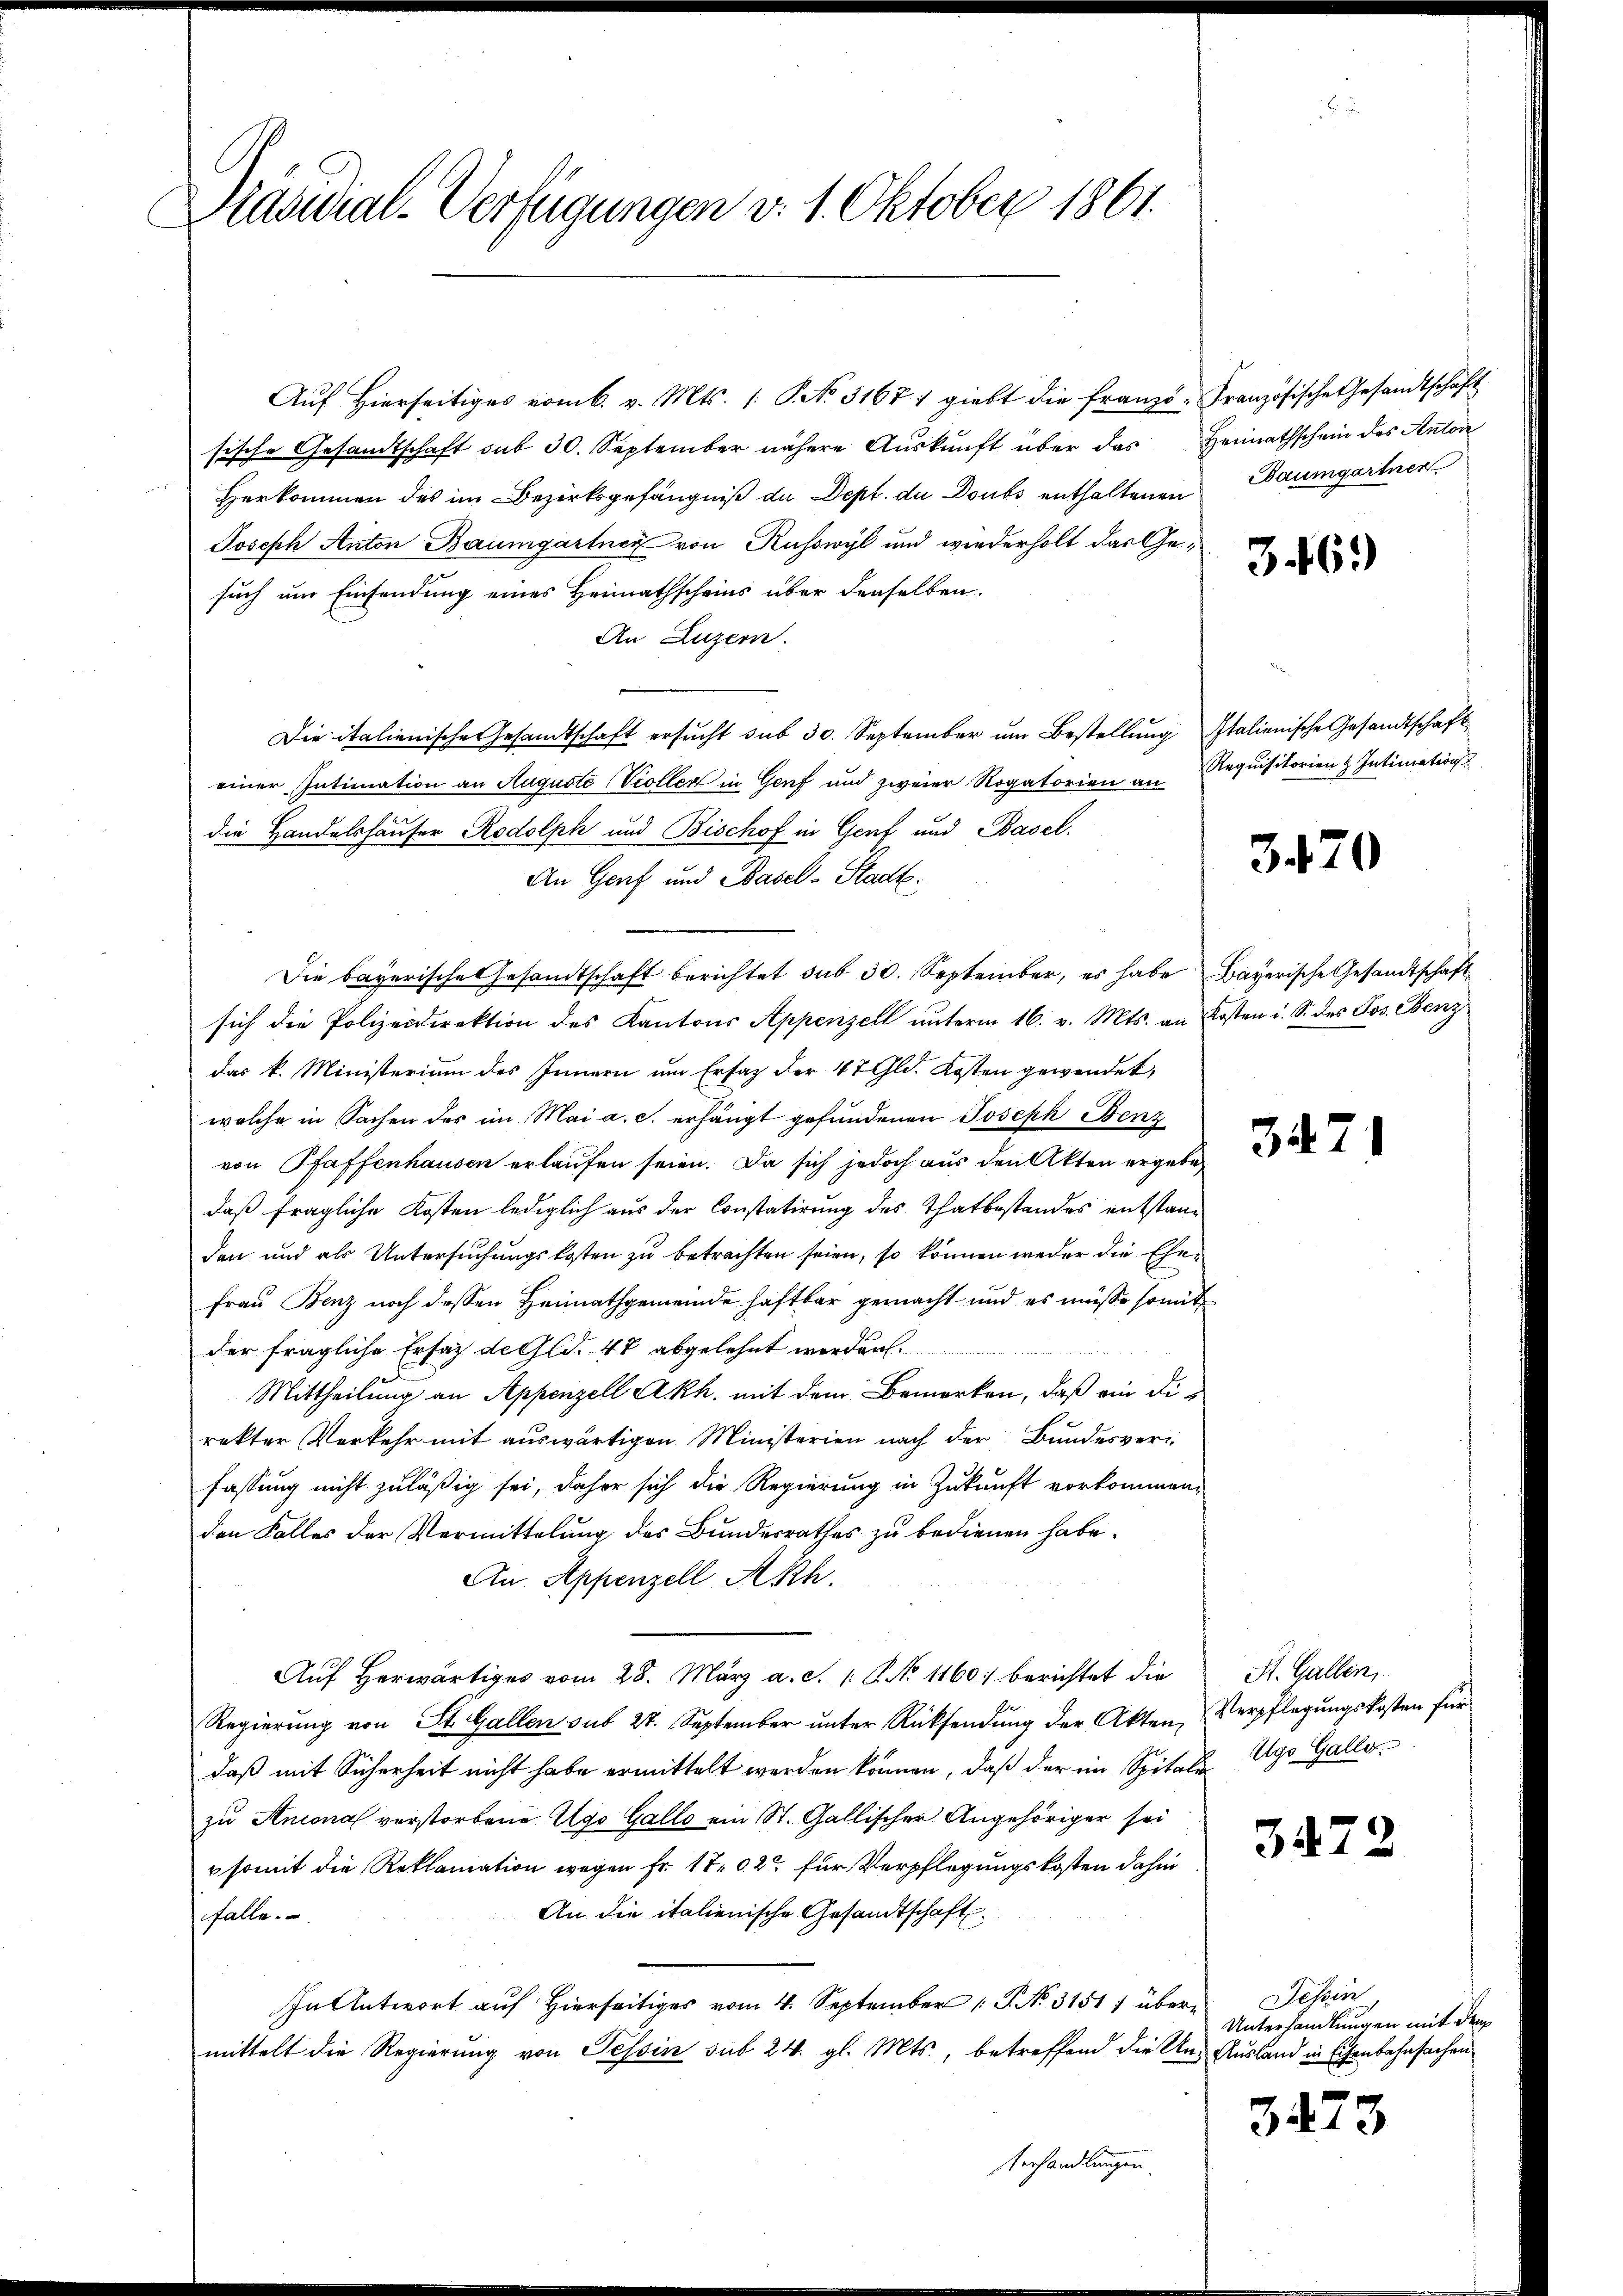
Präsidial-Verfügungen v. 1. Oktober 1861.

Aŭf Hierseitiges vom 6. v. Mts. (: P. Nr. 3167 giebt die franzö-Französische Gesamtschaft
sische Gesandtschaft sub 30. September nähere Auskunft über das
Herkommen des im Bezirksgefängniß du Dept. du Doubs enthaltenen
Joseph Anton Baumgartner von Ruswyl und wiederholt das Gesuch um Einsendung eines Heimathscheins über denselben.
An Luzern.
Die italienische Gesandtschaft ersŭcht sub 30. September ŭm Bestellung Italienische Gesandtschaft
einer Intimation an Auguste Violler in Genf und zweier Rogatorien an
die Handelshäuser Rodolph und Bischof in Genf und Basel.
An Genf und Basel-Stadt:
Die bayerische Gesandtschaft berichtet sub 30. September, es habe Bayerische Gesandtschaft
sich die Polizeidirektion des Kantons Appenzell ŭnterm 16. v. Mts. an Kosten u. S. des Jos. Benz
das k. Ministerium des Innern um Ersaz der 47 Gld. Kosten gewendet,
welche in Sachen des im Mai a. c. erhängt gefundenen Joseph Benz
von Pfaffenhausen erlaufen seien. Da sich jedoch aus den Akten ergebe
daß fragliche Kosten lediglich aus der Constatirung des Thatbestandes entstanden und als Untersuchungskosten zu betrachten seien, so können weder die Ehe¬
Frau Benz noch dessen Heimathgemeinde haftbar gemacht und es müsse somit
der fragliche Ersatz de Gld. 48 abgelehnt werden
Mittheilung an Appenzell A.Rh. mit dem Bemerken, daß ein Dirakter Verkehr mit auswärtigen Ministerien nach der Bundesverfassung nicht zuläßig sei, daher sich die Regierung in Zukunft vorkommen,
den Falles der Vermittelung des Bundesrathes zu bedienen habe.
An Appenzell Akh.
Auf herwärtiges vom 28. März a. c. 1 S. No 1160 berichtet die
Regierung von St. Gallen sub 27. September ŭnter Rücksendung der Akten, Verpflegungskosten für
daß mit Sicherheit nicht habe ermittelt werden können, daß der im Spitale Ago Galle
zu Antonal verstorbene Ago Gallo ein St. Gallischer Angehöriger sei
somit die Reklamation wegen Fr. 17. d. 2t für Verpflegungskosten dahin
An die italienische Gesandtschaft
falle.
In Antwort auf Hierseits vom 4. September 1. No. 3151) übermittelt die Regierung von Tessin sub 24. gl. Mts. betreffend die Un- Ausland in Eisenbahnfachen
Verhandlungen

Heimathschein des Anton
Baumgartner

346.

Requisitorien z. Intimation

3470

347

St. Gallen

3472

Jehin
Unterhandlungen mit der

3473